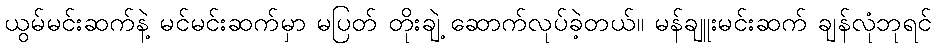
ယွမ်မင်းဆက်နဲ့ မင်မင်းဆက်မှာ မပြတ် တိုးချဲ့ ဆောက်လုပ်ခဲ့တယ်။ မန်ချူးမင်းဆက် ချန်လုံဘုရင်